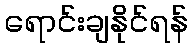
ရောင်းချနိုင်ရန်